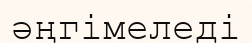
әңгімеледі